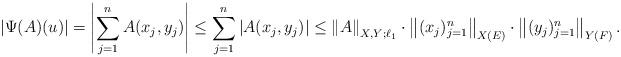
LaTeX: \begin{align*}\left|\Psi(A)(u) \right| = \left|\sum_{j=1}^{n}A(x_{j},y_{j}) \right|\leq \sum_{j=1}^{n}\left|A(x_{j},y_{j}) \right| \leq \left\|A \right\|_{X,Y;\ell_{1}}\cdot \left\|(x_{j})_{j=1}^{n} \right\|_{X(E)}\cdot \left\|(y_{j})_{j=1}^{n} \right\|_{Y(F)}.\end{align*}